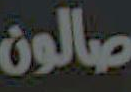
صالون